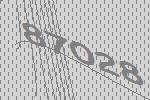
87028